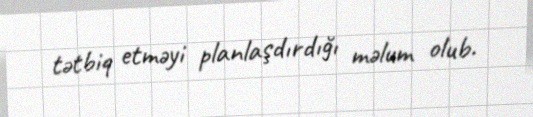
tətbiq etməyi planlaşdırdığı məlum olub.